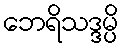
ဘေရိသဒ္ဒမ္ပိ